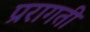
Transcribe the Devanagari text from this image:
प्ररागती